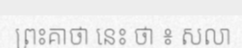
ព្រះគាថា នេះ ថា ៖ សលា